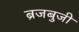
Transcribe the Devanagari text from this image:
ब्रजबुजी